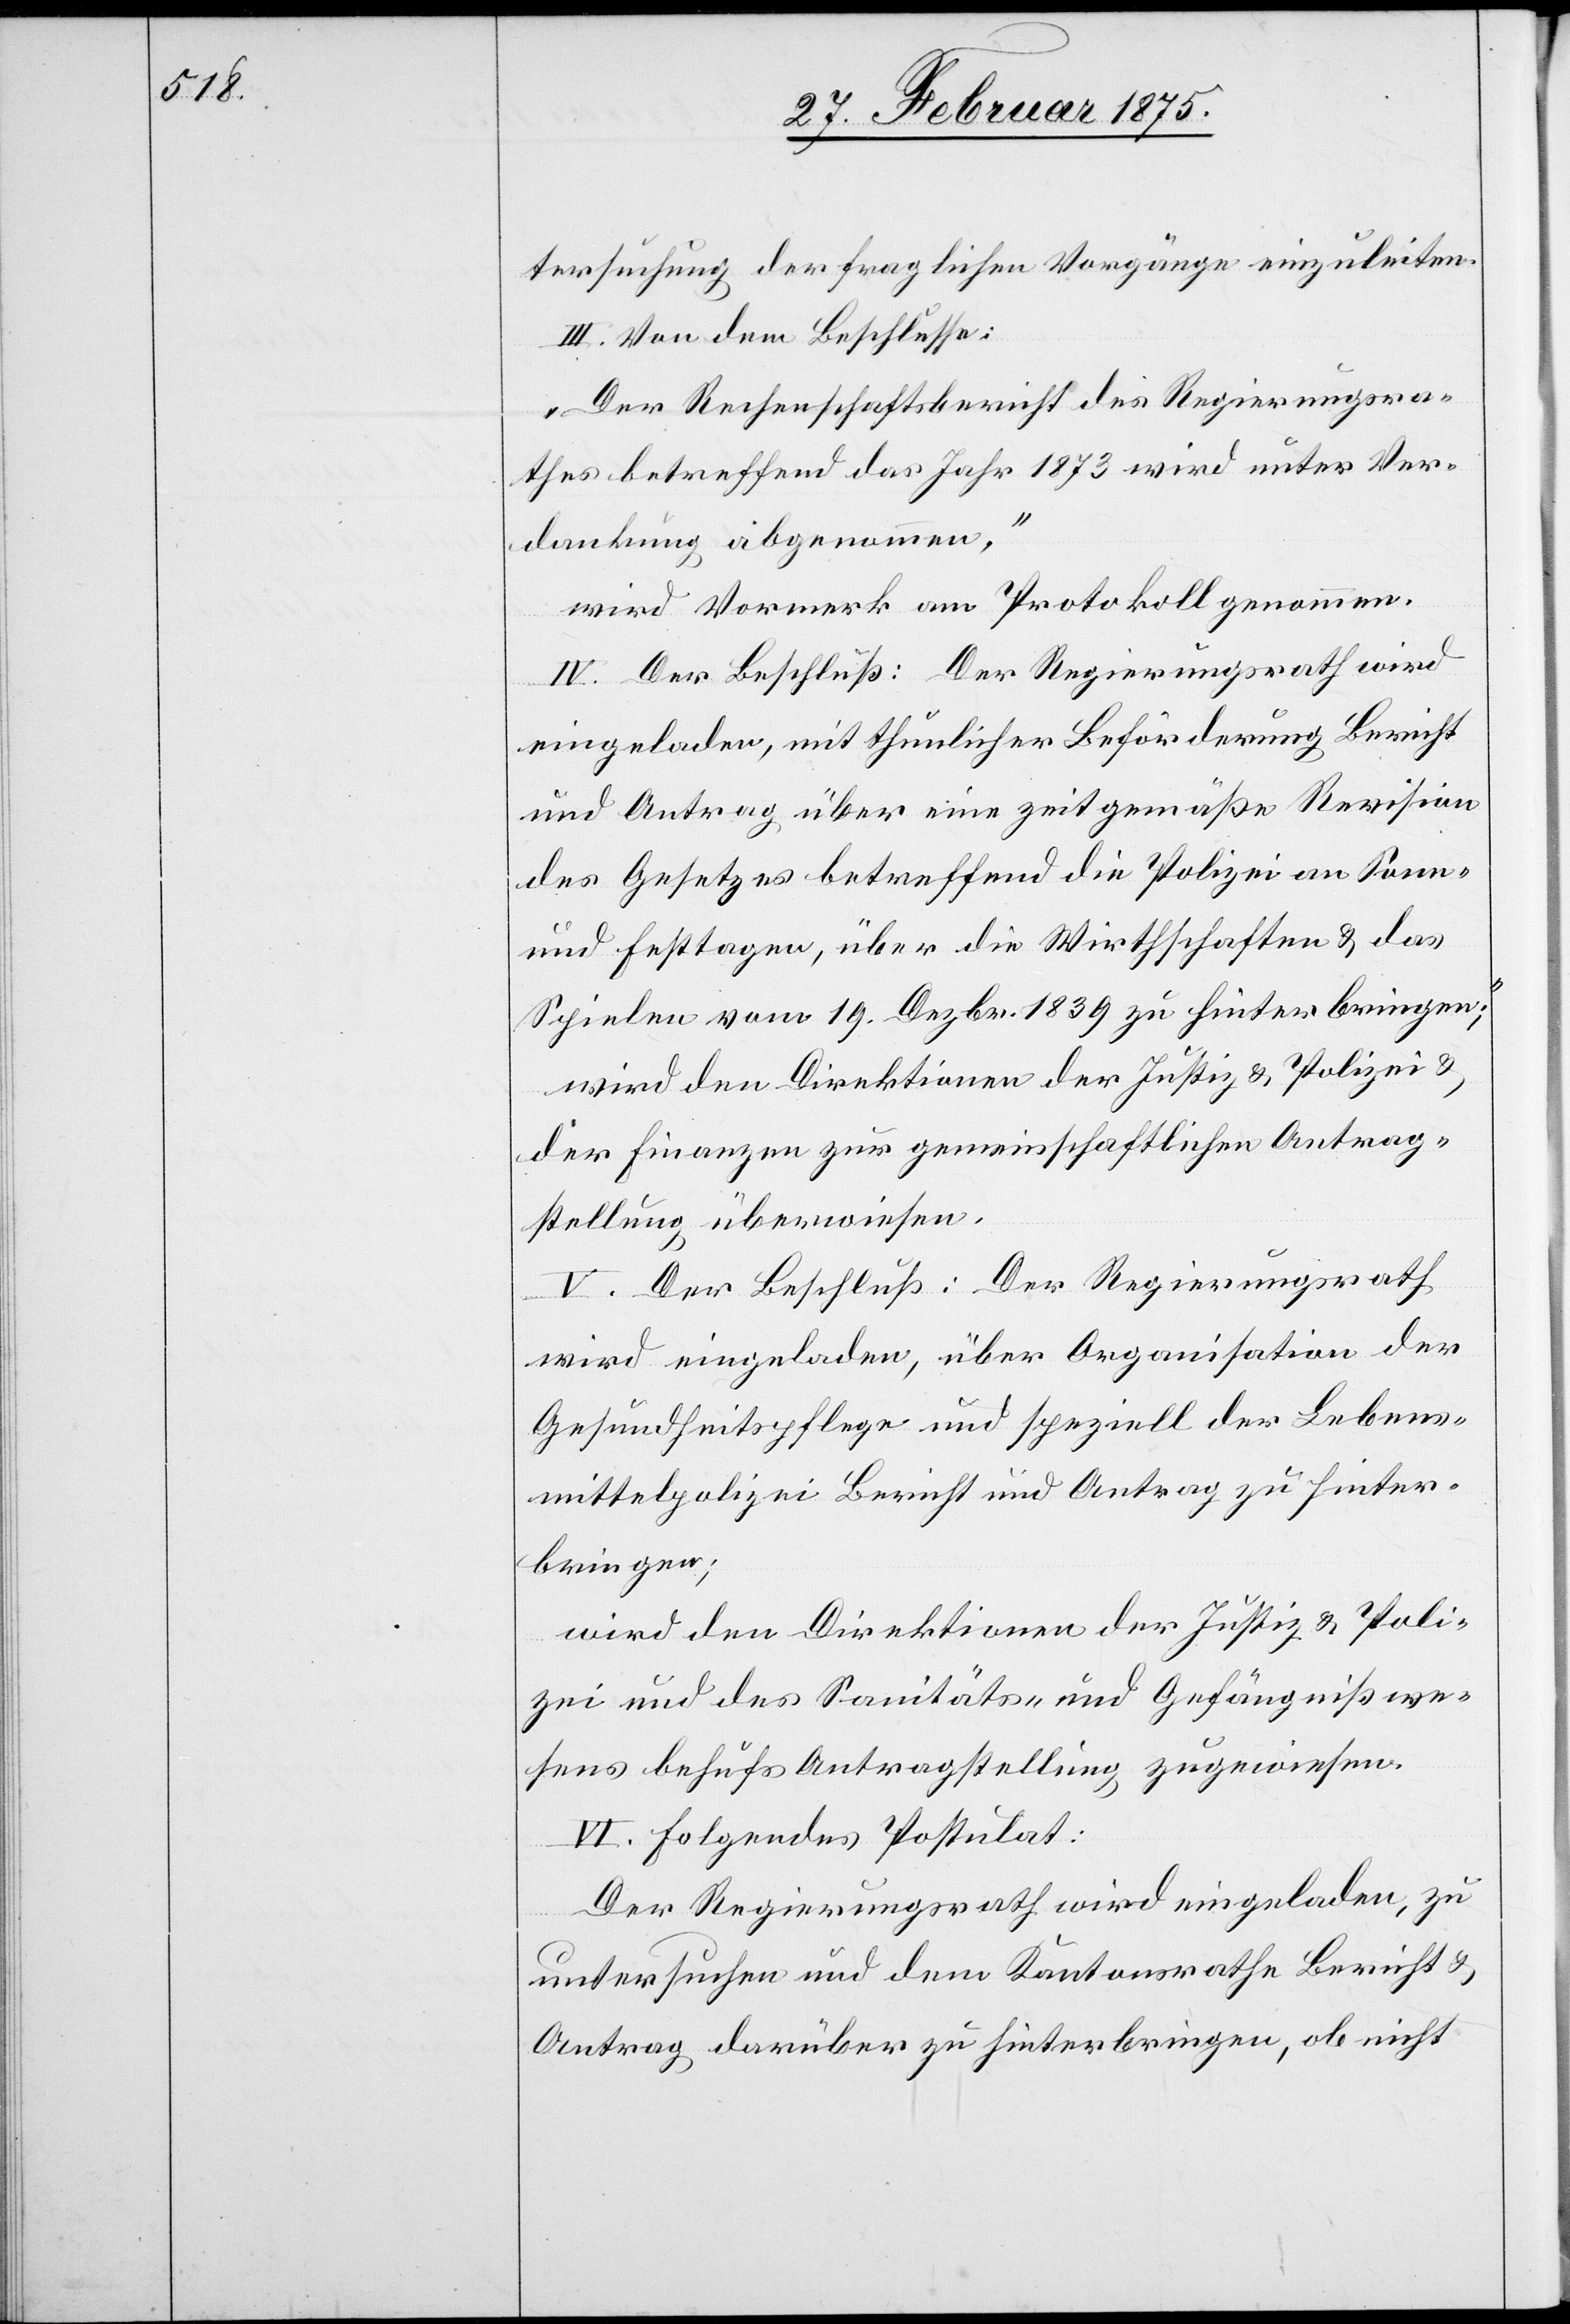
tersuchung der fraglichen Vorgänge einzuleiten.
III. Von dem Beschlusse:
„Der Rechenschaftsbericht des Regierungsra¬
thes betreffend das Jahr 1873 wird unter Ver¬
dankung abgenommen,“
wird Vormerk am Protokoll genommen.
IV. Der Beschluß: Der Regierungsrath wird
eingeladen, mit thunlicher Beförderung Bericht
und Antrag über eine zeitgemäße Revision
des Gesetzes betreffend die Polizei an sonn-
und Festtagen, über die Wirthschaften & das
Spielen vom 19. Dezbr. 1839 zu hinterbringen;“
wird den Direktionen der Justiz u. Polizei u.
der Finanzen zur gemeinschaftlichen Antrag¬
stellung überwiesen,
V. Der Beschluß: Der Regierungsrath
wird eingeladen, über Organisation der
Gesundheitspflege und speziell der Lebens¬
mittelpolizei Bericht und Antrag zu hinter¬
bringen;
wird den Direktionen der Justiz u. Poli¬
zei und des Sanitäts- und Gefängnißwe¬
sens behufs Antragstellung zugewiesen.
VI. Folgendes Postulat:
Der Regierungsrath wird eingeladen, zu
untersuchen und dem Kantonsrathe Bericht u.
Antrag darüber zu hinterbringen, ob nicht